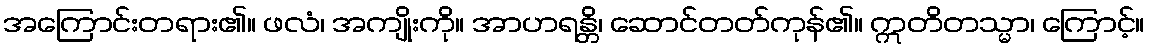
အကြောင်းတရား၏။ ဖလံ၊ အကျိုးကို။ အာဟရန္တိ၊ ဆောင်တတ်ကုန်၏။ ဣတိတသ္မာ၊ ကြောင့်။